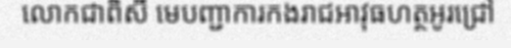
លោកជាពិសី មេបញ្ជាការកងរាជអាវុធហត្ថអូរជ្រៅ